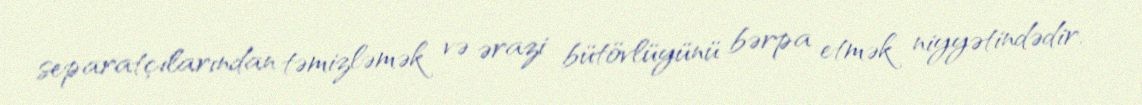
separatçılarından təmizləmək və ərazi bütövlüyünü bərpa etmək niyyətindədir.